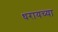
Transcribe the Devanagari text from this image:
धरायच्या